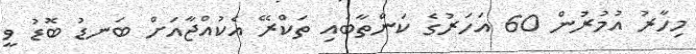
މިހާރު އުމުރުން 60 އަހަރުގެ ކަންތާބައި ތަކްރޭ އެކުއްޖާއަށް ބަނޑު ބޮޑު ވީ